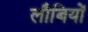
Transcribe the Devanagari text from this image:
लौबियों